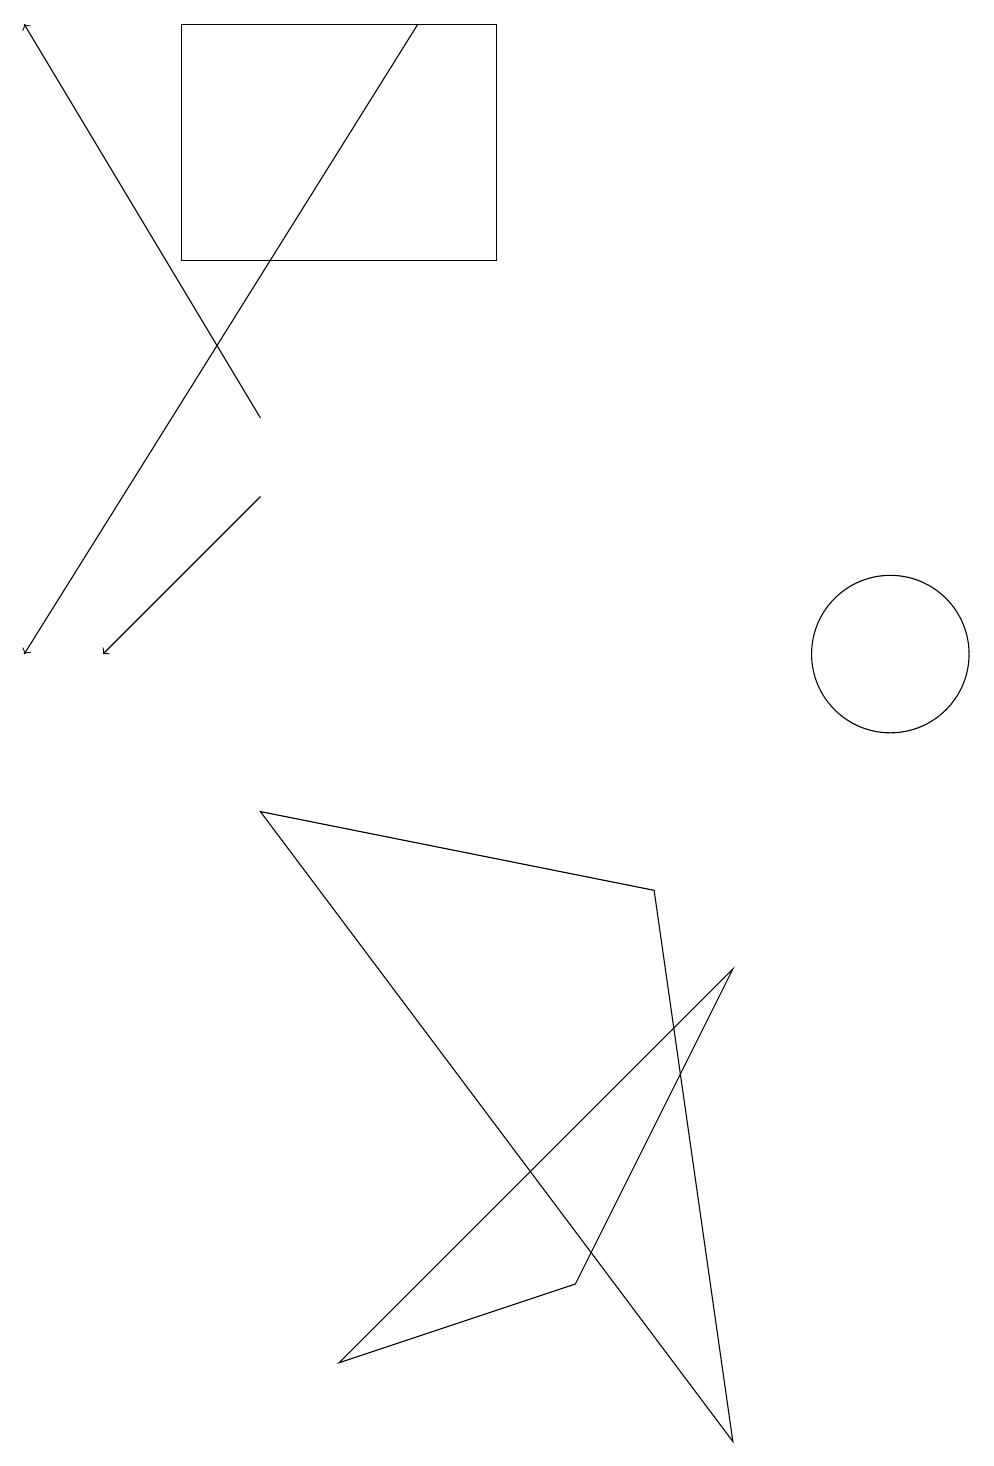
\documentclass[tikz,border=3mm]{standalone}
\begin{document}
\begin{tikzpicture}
\draw[->] (3,13) -- (0,18);
\draw (11,10) circle (1);
\draw[->] (3,12) -- (1,10);
\draw (6,18) rectangle (2,15);
\draw[->] (5,18) -- (0,10);
\draw (8,7) -- (3,8) -- (9,0) -- cycle;
\draw (9,6) -- (7,2) -- (4,1) -- cycle;
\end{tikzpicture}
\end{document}